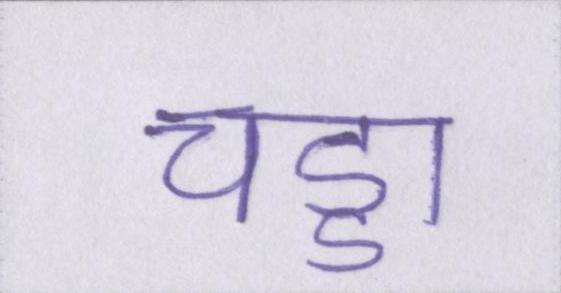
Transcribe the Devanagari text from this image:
चड्डा